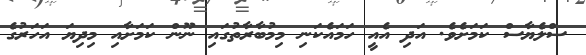
ސްލެޔާސް ކަމަށެވެ. އަދި އެއީ ހަމައެކަނި މިމުބާރާތުގައި ނޫން ކަމަށާއި މިދިޔަ އަހަރުގެ